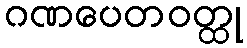
ဂဏပေတဝတ္ထု